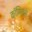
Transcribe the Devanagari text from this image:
काॅमिक्से